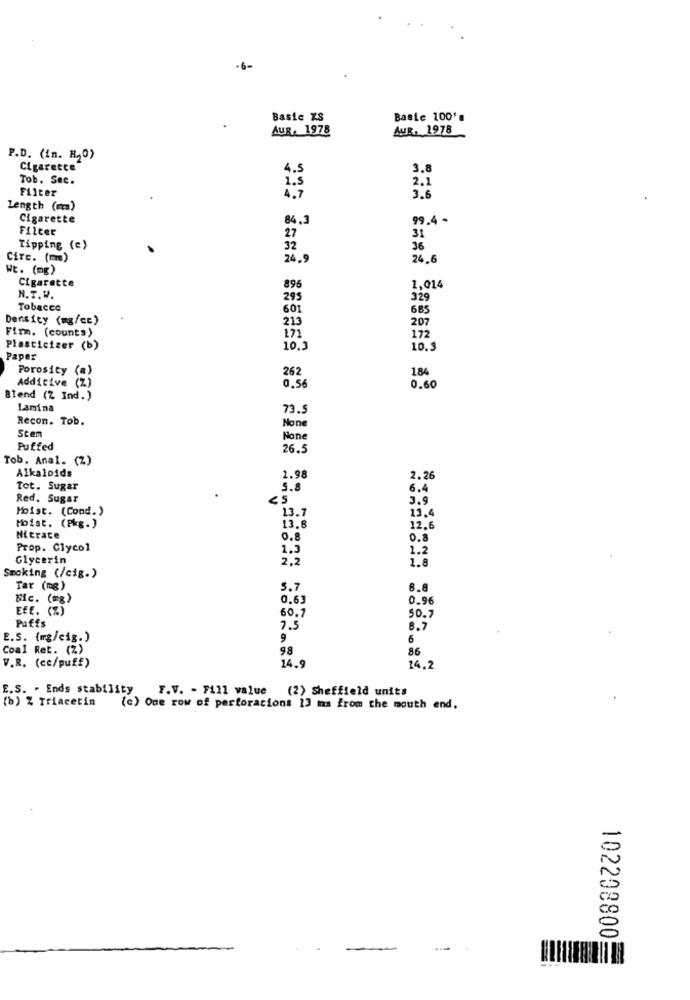
-6-
Basic KS
Baste 100's
Aug, 1978
AUR. 1978
P.D. (in. H20)
Cigarette
4.5
3.8
Tob. Sec.
1.5
2.1
Filter
3.6
4.7
Length (ma)
Cigarette
84.3
99.4 -
Filter
27
31
Tipping (e)
32
36
Circ. (mm)
24.9
24.6
Wt. (mg)
Cigarette
896
1,014
N.T. W.
295
329
Tobacco
601
685
Density (mg/cc)
213
207
Firm. (counts)
172
171
Plasticizer (b)
10.3
10.9
Paper
Porosity
(a)
262
184
Additive (Z)
0.56
0.60
Blend (Z Ind.)
Lamina
73.5
Recon. Tob.
Stem
Puffed
26.5
Tob. Anal- (Z)
Alkaloids
1.98
2.26
Tot. Sugar
5.8
6.4
Red. Sugar
3.9
Moist. (Cond.)
13.7
13.4
toist. (Pkg.)
13.8
12.6
Nitrate
0.8
0.8
Prop. Clycol
1.5
1.2
Glycerin
2.2
1.8
Smoking (/cig.)
Tar (mg)
5.7
8.8
Nic. (mg)
0.63
0.96
EEE. (%)
60.7
Puffs
50.7
7.5
8.7
E.S. (mg/cig.)
9
6
Coal Ret. (%)
98
86
V.R. (cc/puff)
14.9
14.2
E.S. . Ends stability
F.V. - Fill value
(2) Sheffield units
(b) % Triacerin
(c) One row of partoracions 13 ma from the mouth end.
102208800
....